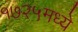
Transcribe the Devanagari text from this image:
१७२५मध्ये